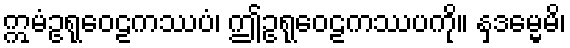
ဣမံဥရုဝေဠကဿပံ၊ ဤဥရုဝေဠကဿပကို။ နှဒမ္မေမိ၊